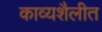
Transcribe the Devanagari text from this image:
काव्यशैलीत